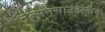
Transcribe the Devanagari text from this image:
नेल्सनसाउंडस्कैन